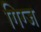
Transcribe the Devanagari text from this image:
गिग्ज